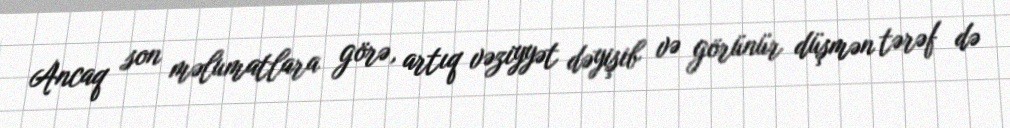
Ancaq son məlumatlara görə, artıq vəziyyət dəyişib və görünür düşmən tərəf də